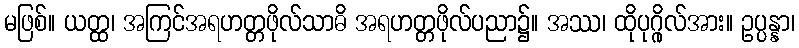
မဖြစ်။ ယတ္ထ၊ အကြင်အရဟတ္တဖိုလ်သာဓိ အရဟတ္တဖိုလ်ပညာ၌။ အဿ၊ ထိုပုဂ္ဂိုလ်အား။ ဥပ္ပန္နာ၊